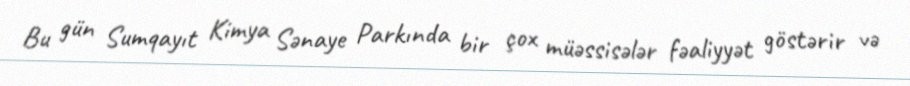
Bu gün Sumqayıt Kimya Sənaye Parkında bir çox müəssisələr fəaliyyət göstərir və